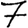
Digit: 7